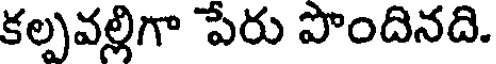
కల్పవల్లిగా పేరు పొందినది.